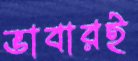
ভাবারই